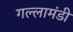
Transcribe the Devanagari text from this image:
गल्लामंडी